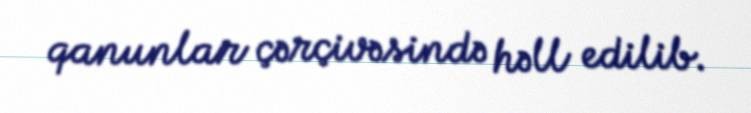
qanunlar çərçivəsində həll edilib.